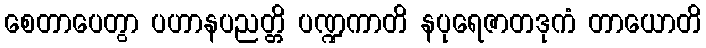
စေတာပေတွာ ပဟာနပညတ္တိ ပဏ္ဍကာတိ နပုရေဇာတဒုကံ တာယောတိ